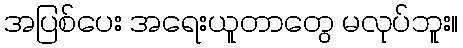
အပြစ်ပေး အရေးယူတာတွေ မလုပ်ဘူး။